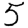
Digit: 5